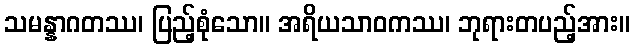
သမန္နာဂတဿ၊ ပြည့်စုံသော။ အရိယသာဝကဿ၊ ဘုရားတပည့်အား။